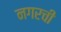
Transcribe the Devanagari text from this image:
नगरची